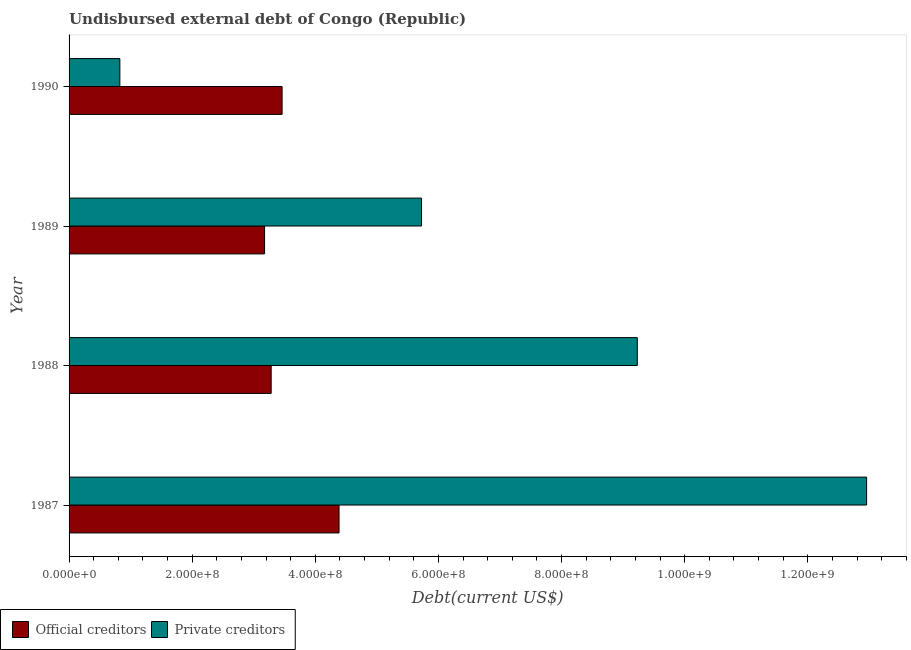
| Year | Official creditors | Private creditors |
 | --- | --- | --- |
 | 1987 | 4.39e+08 | 1.3e+09 |
 | 1988 | 3.28e+08 | 9.23e+08 |
 | 1989 | 3.18e+08 | 5.72e+08 |
 | 1990 | 3.46e+08 | 8.25e+07 |